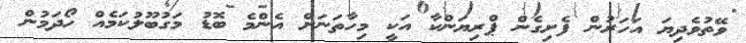
ވޭތުވެދިޔަ އަހަރުން ފެށިގެން ޕްރިޔަންކާ އަކީ މިހާތަނަށް އެންމެ ބޮޑު މަގުބޫލުކަމެއް ހޯދަމުން